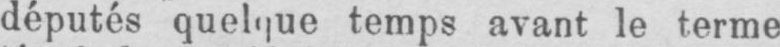
députés quelque temps avant le terme